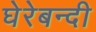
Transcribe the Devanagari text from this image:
घेरेबन्दी